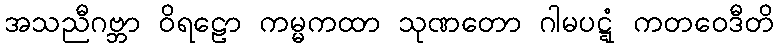
အသညီဂဗ္ဘာ ဝိရဠော ကမ္မကထာ သုဏတော ဂါမပဋ္ဋံ ကတဝေဒီတိ